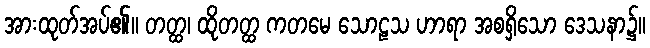
အားထုတ်အပ်၏။ တတ္ထ၊ ထိုတတ္ထ ကတမေ သောဠသ ဟာရာ အစရှိသော ဒေသနာ၌။